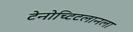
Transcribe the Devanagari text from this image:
टेनोच्टिटलानला